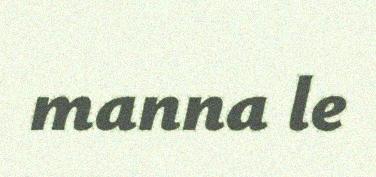
manna le